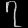
Digit: ၇